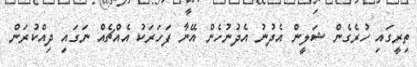
ތިރީގައި ހުރެގެން ޝަލީން އެދުނު އެދުނުހެން އޭނާ ފަހަރަކު އެއްޗެއް ނަގައި ދިއްކުރަން